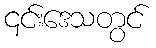
၎င်းဒေသတွင်